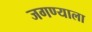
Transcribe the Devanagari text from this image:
जगण्याला